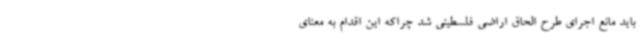
باید مانع اجرای طرح الحاق اراضی فلسطینی شد چراکه این اقدام به معنای